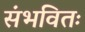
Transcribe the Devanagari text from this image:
संभवितः